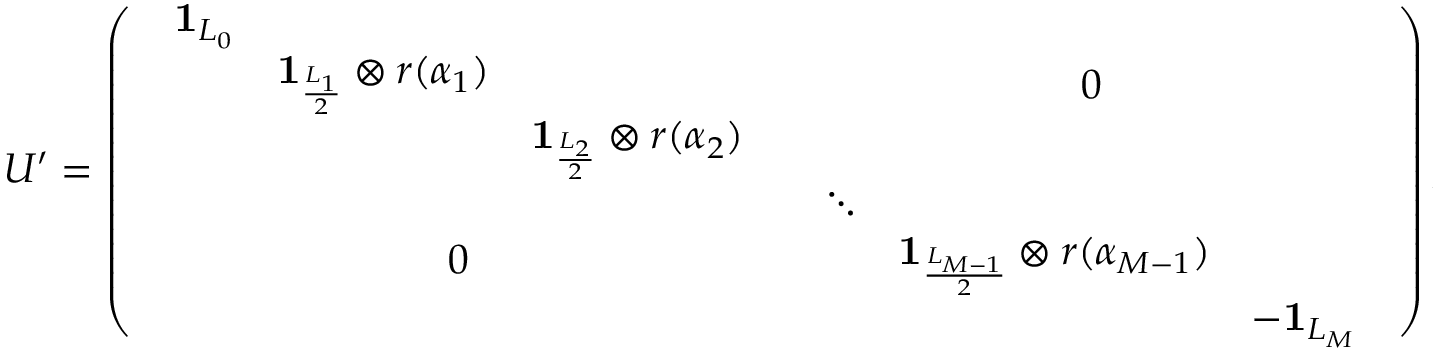
U ^ { \prime } = \left( \begin{array} { c c } { { \begin{array} { c c c } { { { \bf 1 } _ { L _ { 0 } } } } & { { } } & { { } } \\ { { } } & { { { \bf 1 } _ { \scriptstyle \frac { L _ { 1 } } { 2 } } \otimes r ( \alpha _ { 1 } ) } } & { { } } \\ { { } } & { { } } & { { { \bf 1 } _ { \scriptstyle \frac { L _ { 2 } } { 2 } } \otimes r ( \alpha _ { 2 } ) } } \end{array} } } & { { 0 } } \\ { { 0 } } & { { \begin{array} { c c c } { { \ddots } } & { { } } & { { } } \\ { { } } & { { { \bf 1 } _ { \scriptstyle \frac { L _ { M - 1 } } { 2 } } \otimes r ( \alpha _ { M - 1 } ) } } & { { } } \\ { { } } & { { } } & { { - { \bf 1 } _ { L _ { M } } } } \end{array} } } \end{array} \right) ,